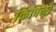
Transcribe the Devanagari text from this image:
किपिनी